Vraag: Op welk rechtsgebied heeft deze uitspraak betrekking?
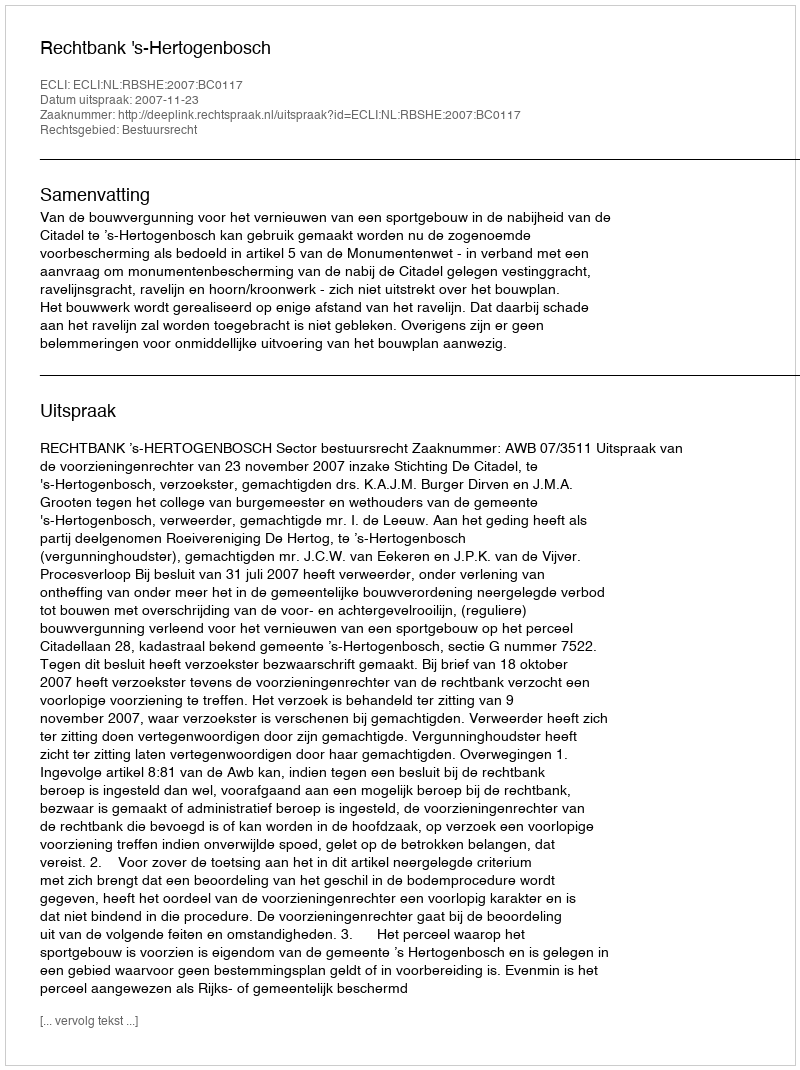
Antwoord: Bestuursrecht